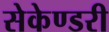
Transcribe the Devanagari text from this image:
सेकेण्‍डरी